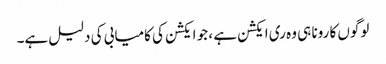
لوگوں کا رونا ہی وہ ری ایکشن ہے ، جو ایکشن کی کامیابی کی دلیل ہے۔